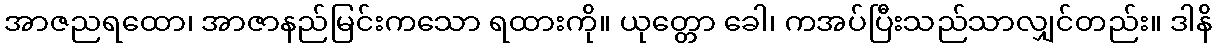
အာဇညရထော၊ အာဇာနည်မြင်းကသော ရထားကို။ ယုတ္တော ခေါ၊ ကအပ်ပြီးသည်သာလျှင်တည်း။ ဒါနိ